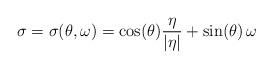
LaTeX: \begin{align*}\sigma = \sigma(\theta,\omega)=\cos(\theta) \frac{\eta}{|\eta|} + \sin (\theta)\, \omega\end{align*}